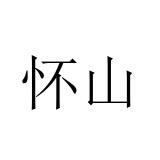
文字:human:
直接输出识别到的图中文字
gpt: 怀山